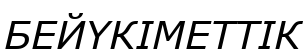
БЕЙҮКІМЕТТІК